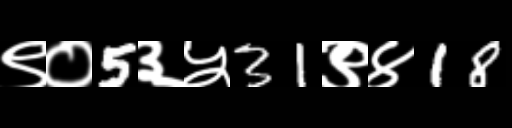
Text: ९०5३५31९४18